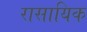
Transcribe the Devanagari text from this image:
रासायिक